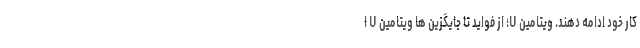
کار خود ادامه دهند. ویتامین U؛ از فواید تا جایگزین ها ویتامین U ا